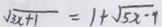
\sqrt { 3 x + 1 } = 1 + \sqrt { 5 x - 4 }